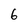
Character: 6